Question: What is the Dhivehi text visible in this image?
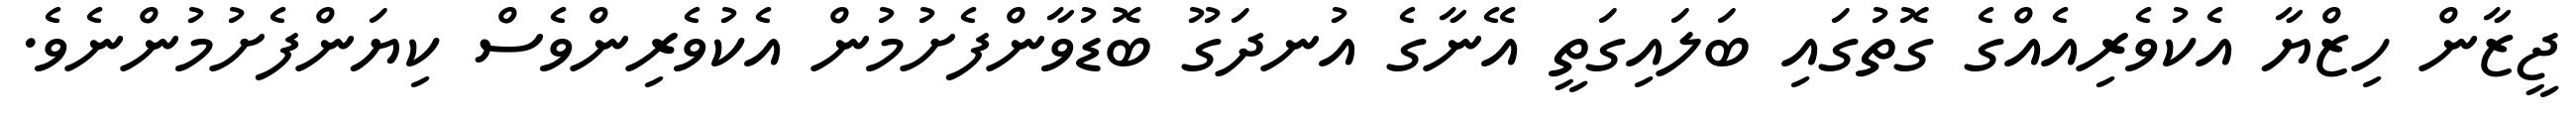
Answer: ޖީޒާން ހިޒްޔާ އެކުވެރިއެއްގެ ގޮތުގައި ބަލައިގަތީ އޭނާގެ އުނދަގޫ ބޮޑުވާންފެށުމުން އެކުވެރިންވެސް ކިޔަންފެށުމުންނެވެ.